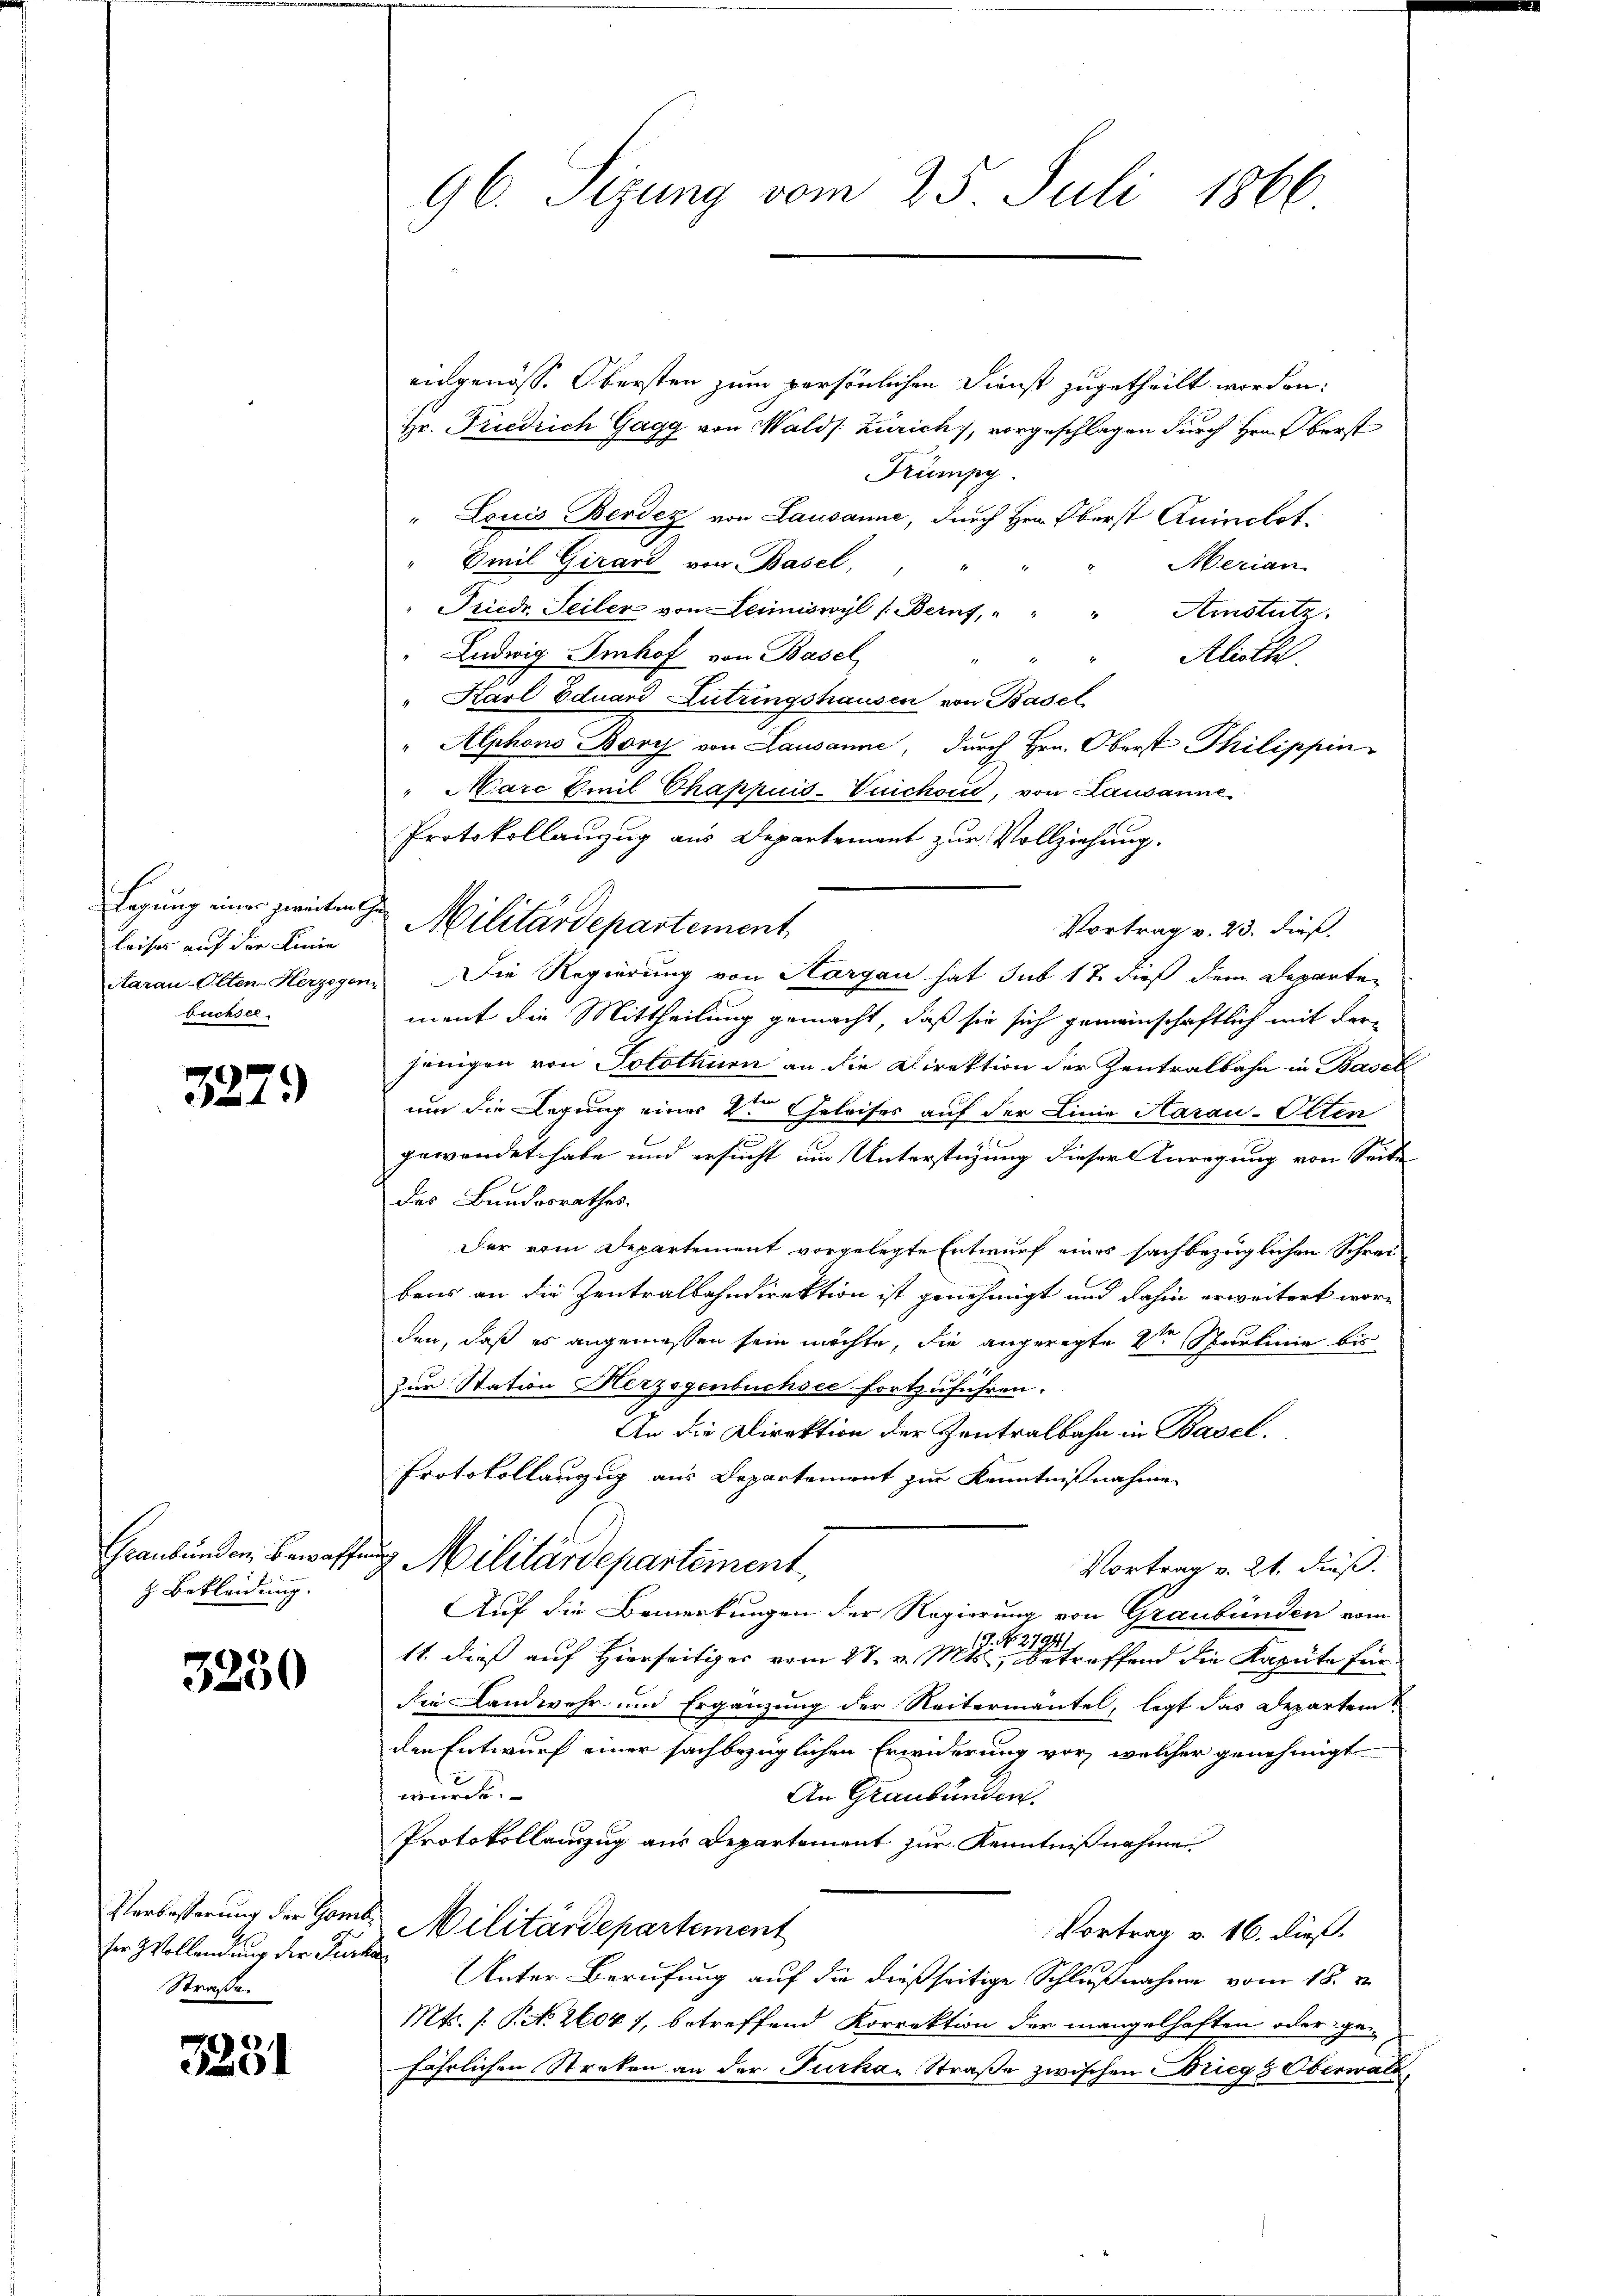
lagung einer zweiten
leises auf der Linie
Aarau-Olten-Herzogen
buchsel.

3279

Graubünden Bewaffe
 Bekleidung.

3230

Verbesserung der Gem
ser Wollendung der Jur
Straße.

3281

96. Sizung vom 25. Juli 1866

eidgenöss. Obersten zum persönlichen Dienst zugetheilt worden.
Hr. Friedrich Gagg von Walds: Zürich), vorgeschlagen durch Hrn. Oberst
Trumpy
" Louis Berdez von Lausanne, durch Hrn. Oberst Quinclot
Emil Girard von Basel,
Merian
Friedr Seiler von Leimiswyl (Bern,
Amstütz
" Ludwig Imhof von Basel
Alich.
" Karl Eduard Lutringshausen von Basel
" Alphons Bory von Lausanne, durch Hrn. Oberst Thilippin
"Marc Emil Chappuis-Vuichon, von Lausanne.
Protokollanzug aus Departement zur Vollziehung.
Militärdepartement
Vortrag v. 23. dieß.
Die Regierung von Hargau hat sub 17. dieß dem Departement die Mittheilung gemacht, daß sie sich gemeinschaftlich mit der
jenigen von Solothurn an die Direktion der Zentralbahn in Basel
um die Legung einer V. Geleises auf der Linie Harau-Otten
gewendet habe und ersucht um Unterstüzung dieser Anregung von Seite
des Bundesrathes.
Der vom Departement vorgelegte Entwurf eines sachbezüglichen Schreibens an die Zentralbahndirektion ist genehmigt und dahin erweitert worden, daß es angemessen sein möchte, die angeregte der Spurlinie bis
zur Station Herzogenbuchsee fortzuführen.
An die Direktion der Zentralbahn in Basel.
Protokollanzug aus Departement zur Kenntnißnahme
¬
Militärdepartement
Vortrag v. 21. dieß.
Auf die Bemerkungen der Regierung von Graubünden vom
11. dieß auf Hierseitiges vom 27. v. Mts. eines effend die Kapute für
die Landwehr und Ergänzung der Reitermantel, legt das Departem
den Entwurf einer sachbezüglichen Erwiderung vor, welcher genehmigt
wurde.
An Graubünden.
Protokollauszug aus Departement zur Kenntnißnahme
Militärdepartement
Vortrag v. 16. dieß.
¬
Unter Berufung auf die dießseitige Schlußnahme vom 18. v.
Mts. /: P. No. 2604), betreffend Korrektion der mangelhaften oder ge-
fährlichen Streken an der Furka, Straße zwischen Drieg 8 Oberwald